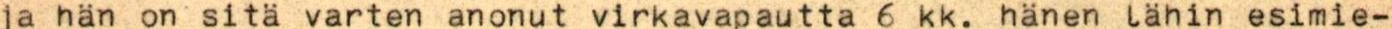
ja hän on sitä varten anonut virkavapautta 6 kk. hänen lähin esimie-